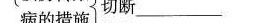
切断_______病的措施